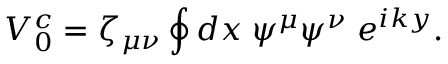
V _ { 0 } ^ { c } = \zeta _ { \mu \nu } \oint d x \; \psi ^ { \mu } \psi ^ { \nu } \; e ^ { i k y } .